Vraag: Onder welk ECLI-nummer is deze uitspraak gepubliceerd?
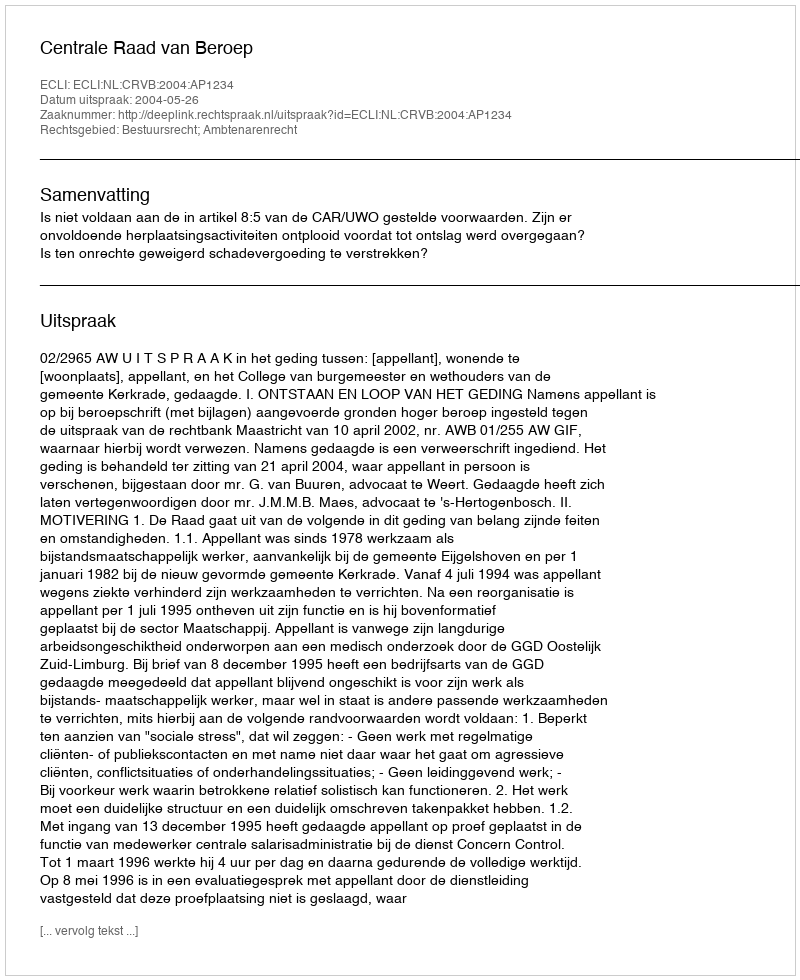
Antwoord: ECLI:NL:CRVB:2004:AP1234